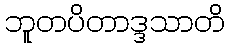
ဘူတပိတာဒ္ဒသာတိ